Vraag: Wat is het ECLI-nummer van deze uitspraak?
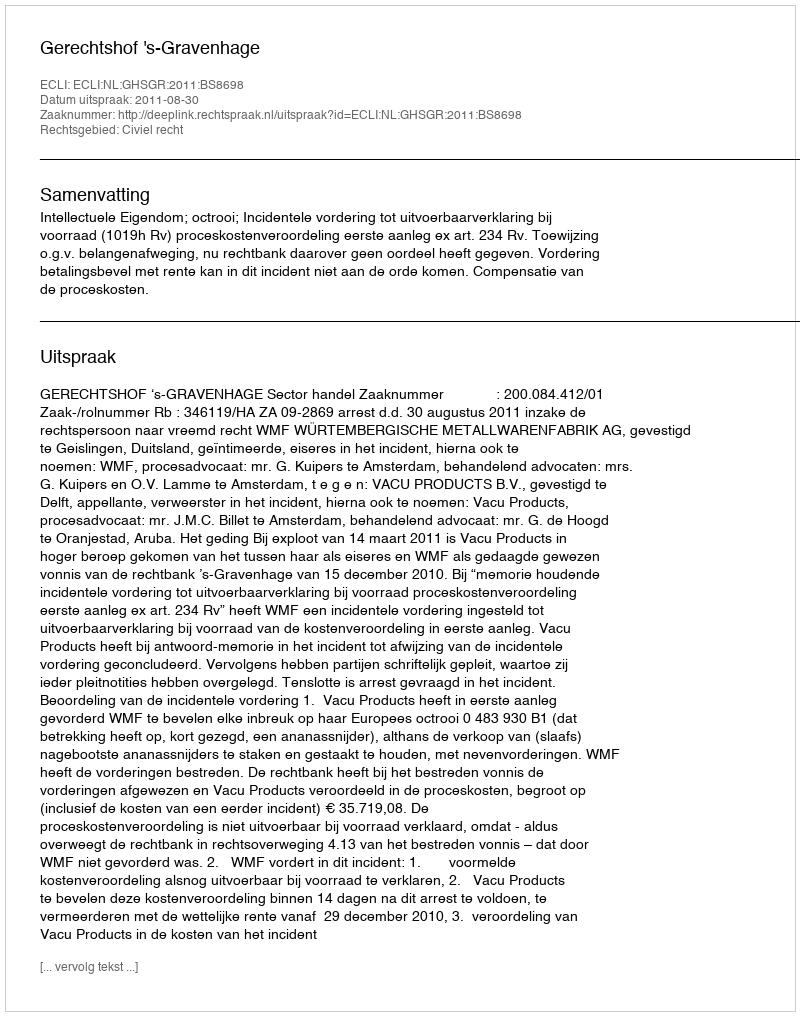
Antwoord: ECLI:NL:GHSGR:2011:BS8698